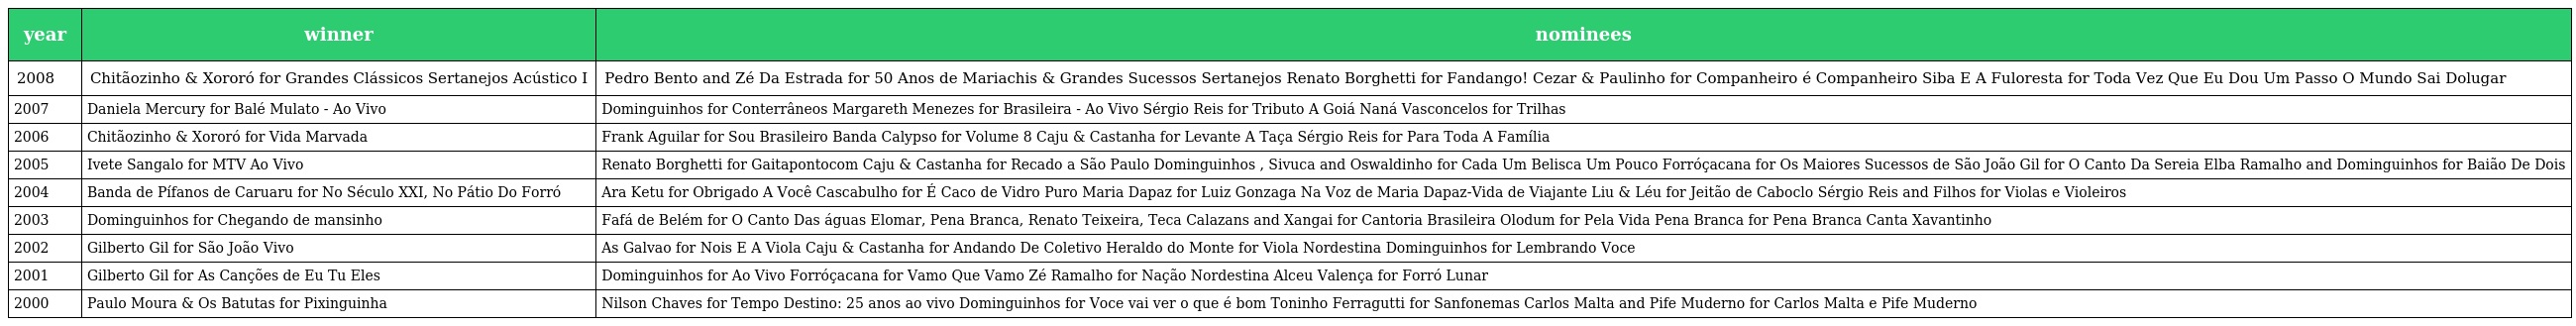
| year | winner | nominees |
 | --- | --- | --- |
 | 2008 | Chitãozinho & Xororó for Grandes Clássicos Sertanejos Acústico I | Pedro Bento and Zé Da Estrada for 50 Anos de Mariachis & Grandes Sucessos Sertanejos Renato Borghetti for Fandango! Cezar & Paulinho for Companheiro é Companheiro Siba E A Fuloresta for Toda Vez Que Eu Dou Um Passo O Mundo Sai Dolugar |
 | 2007 | Daniela Mercury for Balé Mulato - Ao Vivo | Dominguinhos for Conterrâneos Margareth Menezes for Brasileira - Ao Vivo Sérgio Reis for Tributo A Goiá Naná Vasconcelos for Trilhas |
 | 2006 | Chitãozinho & Xororó for Vida Marvada | Frank Aguilar for Sou Brasileiro Banda Calypso for Volume 8 Caju & Castanha for Levante A Taça Sérgio Reis for Para Toda A Família |
 | 2005 | Ivete Sangalo for MTV Ao Vivo | Renato Borghetti for Gaitapontocom Caju & Castanha for Recado a São Paulo Dominguinhos , Sivuca and Oswaldinho for Cada Um Belisca Um Pouco Forróçacana for Os Maiores Sucessos de São João Gil for O Canto Da Sereia Elba Ramalho and Dominguinhos for Baião De Dois |
 | 2004 | Banda de Pífanos de Caruaru for No Século XXI, No Pátio Do Forró | Ara Ketu for Obrigado A Você Cascabulho for É Caco de Vidro Puro Maria Dapaz for Luiz Gonzaga Na Voz de Maria Dapaz-Vida de Viajante Liu & Léu for Jeitão de Caboclo Sérgio Reis and Filhos for Violas e Violeiros |
 | 2003 | Dominguinhos for Chegando de mansinho | Fafá de Belém for O Canto Das águas Elomar, Pena Branca, Renato Teixeira, Teca Calazans and Xangai for Cantoria Brasileira Olodum for Pela Vida Pena Branca for Pena Branca Canta Xavantinho |
 | 2002 | Gilberto Gil for São João Vivo | As Galvao for Nois E A Viola Caju & Castanha for Andando De Coletivo Heraldo do Monte for Viola Nordestina Dominguinhos for Lembrando Voce |
 | 2001 | Gilberto Gil for As Canções de Eu Tu Eles | Dominguinhos for Ao Vivo Forróçacana for Vamo Que Vamo Zé Ramalho for Nação Nordestina Alceu Valença for Forró Lunar |
 | 2000 | Paulo Moura & Os Batutas for Pixinguinha | Nilson Chaves for Tempo Destino: 25 anos ao vivo Dominguinhos for Voce vai ver o que é bom Toninho Ferragutti for Sanfonemas Carlos Malta and Pife Muderno for Carlos Malta e Pife Muderno |